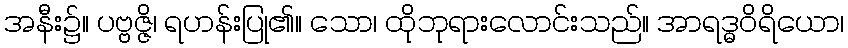
အနီး၌။ ပဗ္ဗဇ္ဇိ၊ ရဟန်းပြု၏။ သော၊ ထိုဘုရားလောင်းသည်။ အာရဒ္ဓဝိရိယော၊